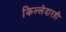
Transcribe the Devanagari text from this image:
किल्लेदारही